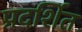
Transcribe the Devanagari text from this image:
प्रदर्शित